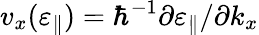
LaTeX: v_{x}(\varepsilon_{\parallel})=\hbar^{-1}\partial\varepsilon_{\parallel}/\partial k_{x}